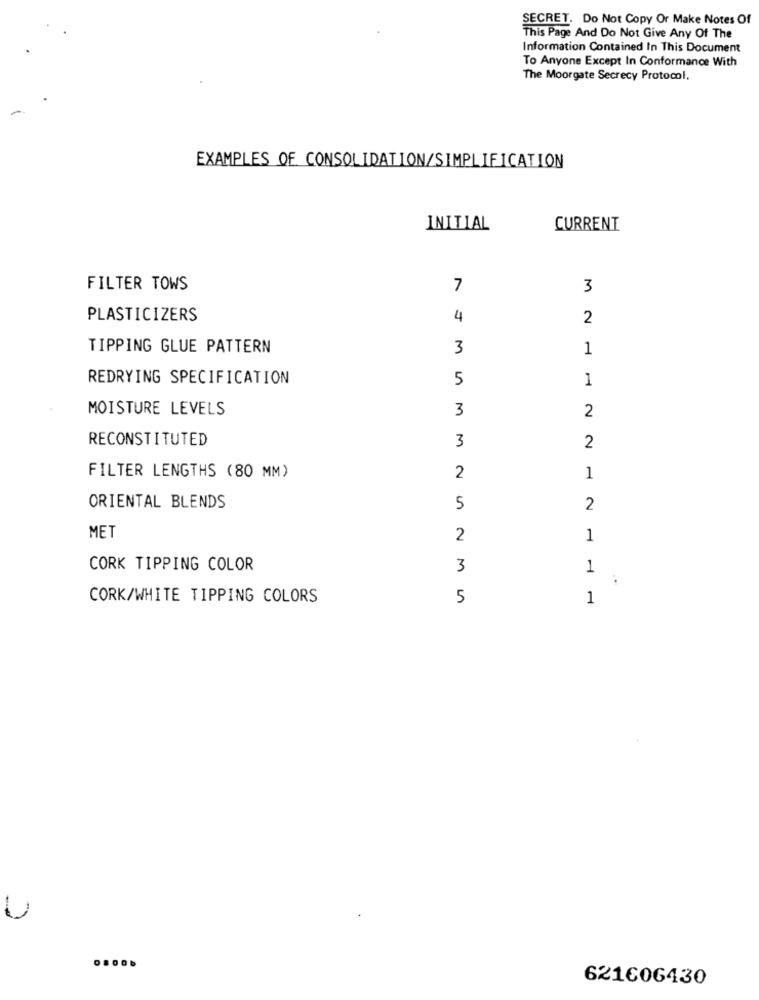
SECRET. Do Not Copy Or Make Notes Of
This Page And Do Not Give Any Of The
Information Contained In This Document
To Anyone Except In Conformance With
The Moorgate Secrecy Protocol.
EXAMPLES OF CONSOLIDATION/SIMPLIFICATION
INITIAL
CURRENT
FILTER TOWS
7
3
PLASTICIZERS
4
2
TIPPING GLUE PATTERN
3
1
REDRYING SPECIFICATION
5
1
MOISTURE LEVELS
3
2
RECONSTITUTED
3
2
FILTER LENGTHS (80 MM)
2
1
ORIENTAL BLENDS
5
2
MET
2
1
CORK TIPPING COLOR
3
1
..
CORK/WHITE TIPPING COLORS
5
1
U
621606430